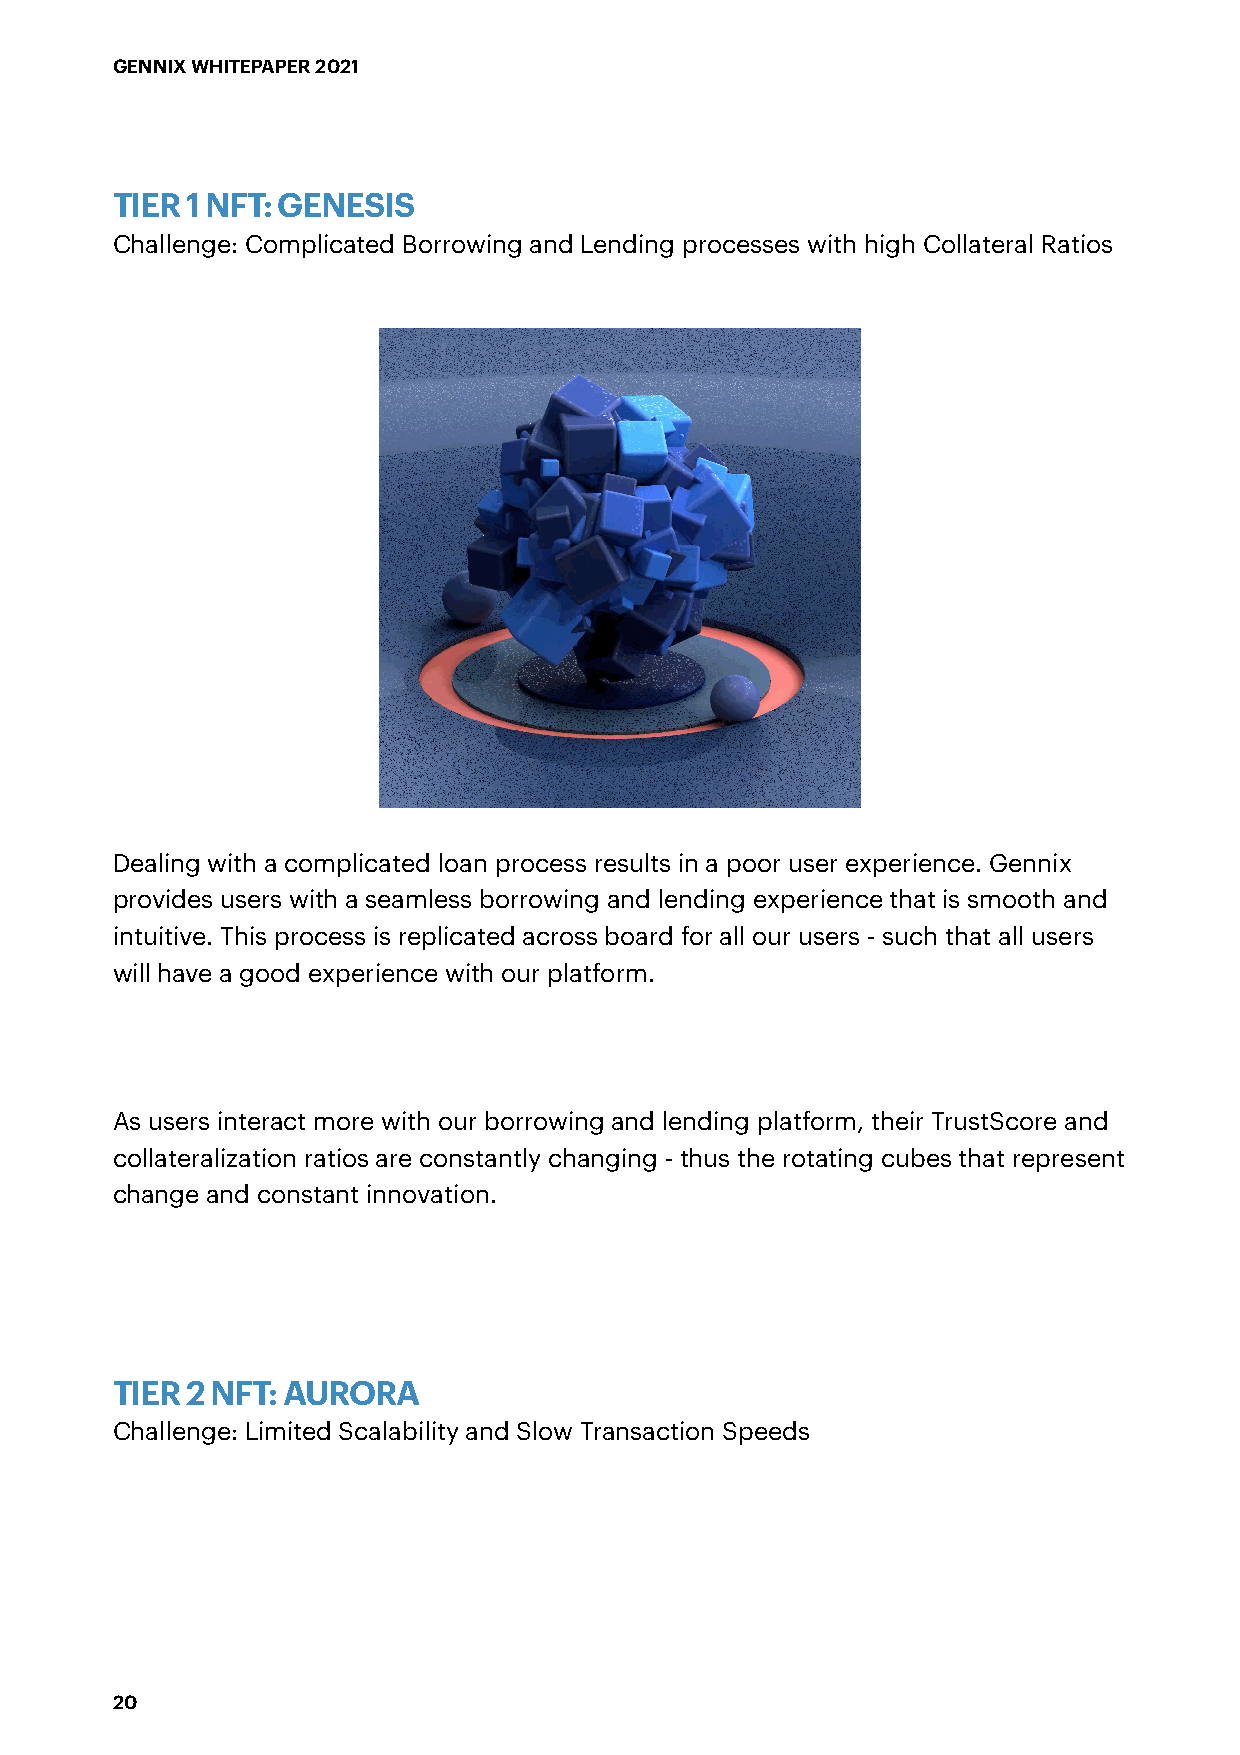
GENNIX WHITEPAPER 2021
 TIER 1 NFT: GENESIS
 Challenge: Complicated Borrowing and Lending processes with high Collateral Ratios
 Dealing with a complicated loan process results in a poor user experience. Gennix
 provides users with a seamless borrowing and lending experience that is smooth and
 intuitive. This process is replicated across board for all our users - such that all users
 will have a good experience with our platform.
 As users interact more with our borrowing and lending platform, their TrustScore and
 collateralization ratios are constantly changing - thus the rotating cubes that represent
 change and constant innovation.
 TIER 2 NFT: AURORA
 Challenge: Limited Scalability and Slow Transaction Speeds
 20